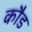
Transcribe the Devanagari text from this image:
कौड